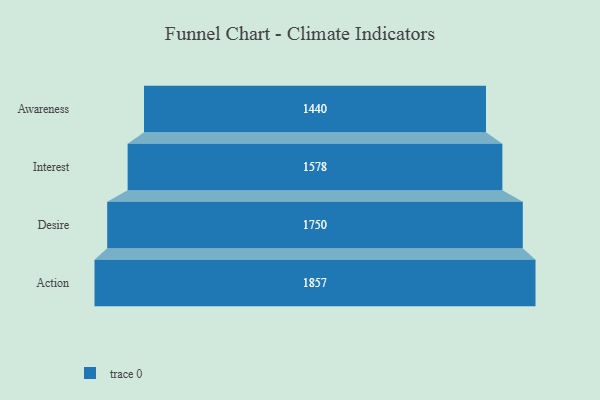
{"axis": {"x": "Stage", "y": "Value"}, "legend": [""], "data": [{"x": "Awareness", "y": 1440.0, "type": ""}, {"x": "Interest", "y": 1578.0, "type": ""}, {"x": "Desire", "y": 1750.0, "type": ""}, {"x": "Action", "y": 1857.0, "type": ""}]}